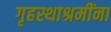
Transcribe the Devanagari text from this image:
गृहस्थाश्रमींना